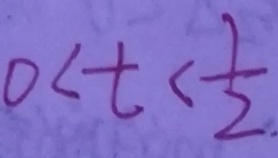
0 < t < \frac { 1 } { 2 }